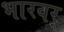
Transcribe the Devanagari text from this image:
भारवर्